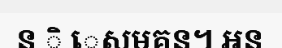
ន ិ េសមគន។ អន